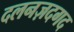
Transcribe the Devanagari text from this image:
दलनज़दगद